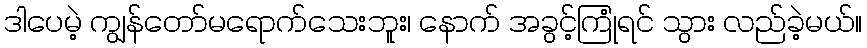
ဒါပေမဲ့ ကျွန်တော်မရောက်သေးဘူး၊ နောက် အခွင့်ကြုံရင် သွား လည်ခဲ့မယ်။